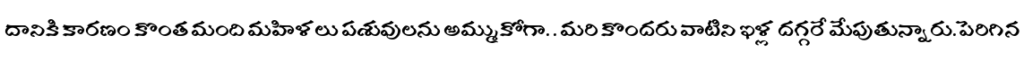
దానికి కారణం కొంత మంది మహిళలు పశువులను అమ్ముకోగా. . మరి కొందరు వాటిని ఇళ్ల దగ్గరే మేపుతున్నారు. పెరిగిన